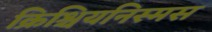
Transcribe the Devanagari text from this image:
क्रिश्चियनिस्मस